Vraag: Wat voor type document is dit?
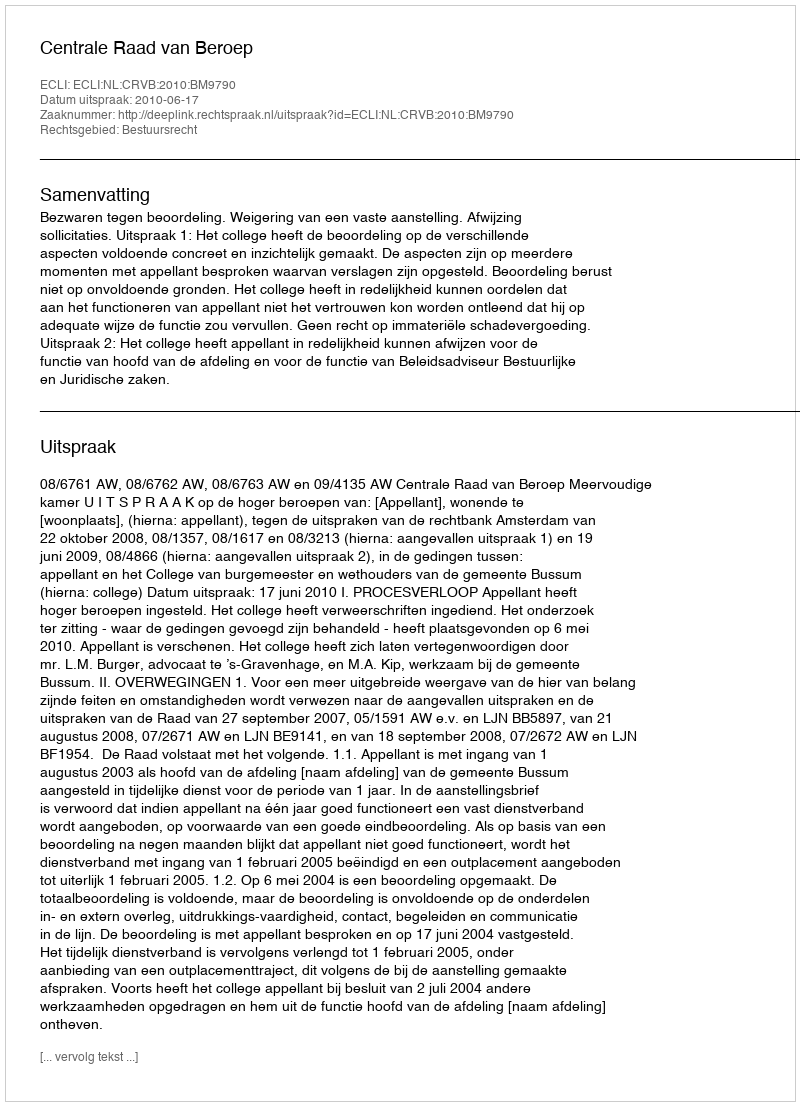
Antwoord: Uitspraak